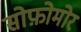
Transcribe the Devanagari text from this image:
सोफ़ोमोर